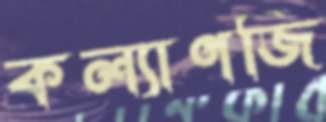
কল্যাণজি